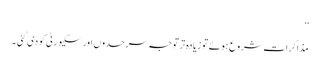
‘‘
مذاکرات شروع ہوئے تو زیادہ تر توجہ سرحدوں اور سکیورٹی کو دی گئی ۔